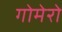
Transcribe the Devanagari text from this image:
गोमेरो